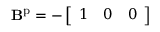
\mathbf { B } ^ { \mathrm { p } } = - \left[ \begin{array} { l l l } { 1 } & { 0 } & { 0 } \end{array} \right]